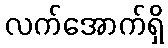
လက်အောက်ရှိ